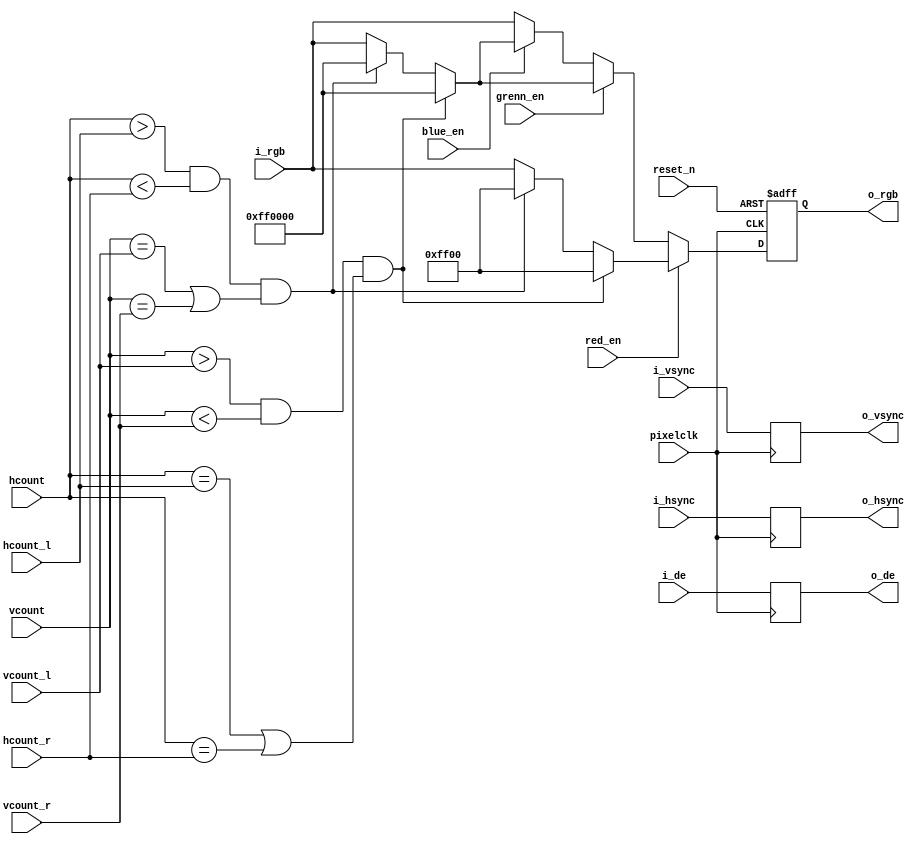
`timescale 1ns/1ps

module yolo_aft(
           input pixelclk,
           input reset_n,

           input red_en,
           input grenn_en,
           input blue_en,

           input [23: 0] i_rgb,
           input i_hsync,
           input i_vsync,
           input i_de,

           input [11: 0] hcount,
           input [11: 0] vcount,

           input [11: 0] hcount_l,
           input [11: 0] hcount_r,
           input [11: 0] vcount_l,
           input [11: 0] vcount_r,

           output [23: 0] o_rgb,
           output o_hsync,
           output o_vsync,
           output o_de
       );
//draw box according to the target
reg hsync_r;
reg vsync_r;
reg de_r;

assign o_hsync = hsync_r;
assign o_vsync = vsync_r;
assign o_de = de_r;
always @(posedge pixelclk) begin
    hsync_r <= i_hsync;
    vsync_r <= i_vsync;
    de_r <= i_de;
end


reg	[23: 0] rgb_r;
assign o_rgb = rgb_r;

always @(posedge pixelclk or negedge reset_n) begin
    if (!reset_n)
        rgb_r <= 24'h00000;
    else if (red_en) begin //red colored box
        if (vcount > vcount_l && vcount < vcount_r && ( hcount == hcount_l || hcount == hcount_r ))
            rgb_r <= 24'h00ff00;
        else if (hcount > hcount_l && hcount < hcount_r && (vcount == vcount_l || vcount == vcount_r ))
            rgb_r <= 24'h00ff00;
        else
            rgb_r <= i_rgb;
    end
    else if (grenn_en) begin //green colored box
        if (vcount > vcount_l && vcount < vcount_r && ( hcount == hcount_l || hcount == hcount_r ))
            rgb_r <= 24'hff0000;
        else if (hcount > hcount_l && hcount < hcount_r && (vcount == vcount_l || vcount == vcount_r ))
            rgb_r <= 24'hff0000;
        else
            rgb_r <= i_rgb;
    end
    else if (blue_en) begin //blue colored box
        if (vcount > vcount_l && vcount < vcount_r && ( hcount == hcount_l || hcount == hcount_r ))
            rgb_r <= 24'hff0000;
        else if (hcount > hcount_l && hcount < hcount_r && (vcount == vcount_l || vcount == vcount_r ))
            rgb_r <= 24'hff0000;
        else
            rgb_r <= i_rgb;
    end
    else //no box
        rgb_r <= i_rgb;
end

endmodule